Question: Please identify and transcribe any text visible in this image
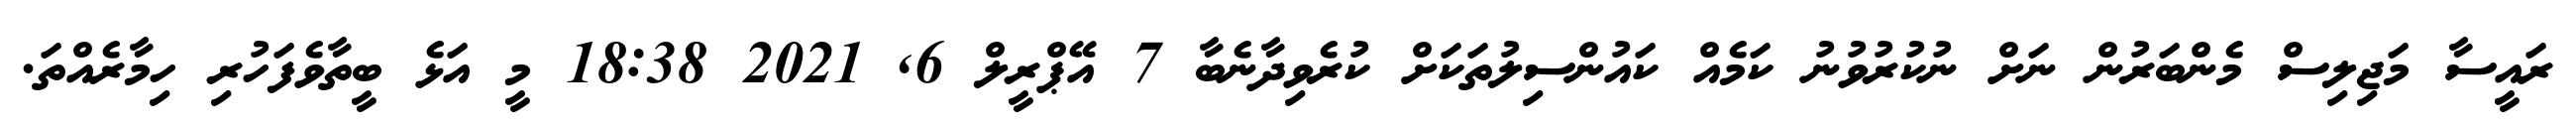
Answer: ރައީސާ މަޖިލިސް މެންބަރުން ނަށް ނުކުރުވުނު ކަމެއް ކައުންސިލުތަކަށް ކުރެވިދާނެބާ 7 އޭޕްރީލް 6, 2021 18:38 މީ އަޅެ ބީތާވެފަހުރި ހިމާރެއްތަ.